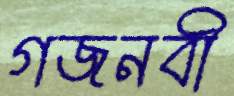
গজনবী